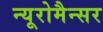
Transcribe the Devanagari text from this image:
न्यूरोमैन्सर